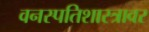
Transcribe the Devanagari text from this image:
वनस्पतिशास्त्रावर